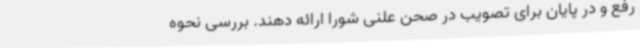
رفع و در پایان برای تصویب در صحن علنی شورا ارائه دهند. بررسی نحوه